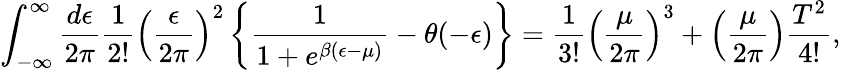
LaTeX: \int_{-\infty}^{\infty}{\frac{d\epsilon}{2\pi}}{\frac{1}{2!}}\left({\frac{\epsilon}{2\pi}}\right)^{2}\left\{ {\frac{1}{1+e^{\beta(\epsilon-\mu)}}}-\theta(-\epsilon)\right\} ={\frac{1}{3!}}\left({\frac{\mu}{2\pi}}\right)^{3}+\left({\frac{\mu}{2\pi}}\right){\frac{T^{2}}{4!}},